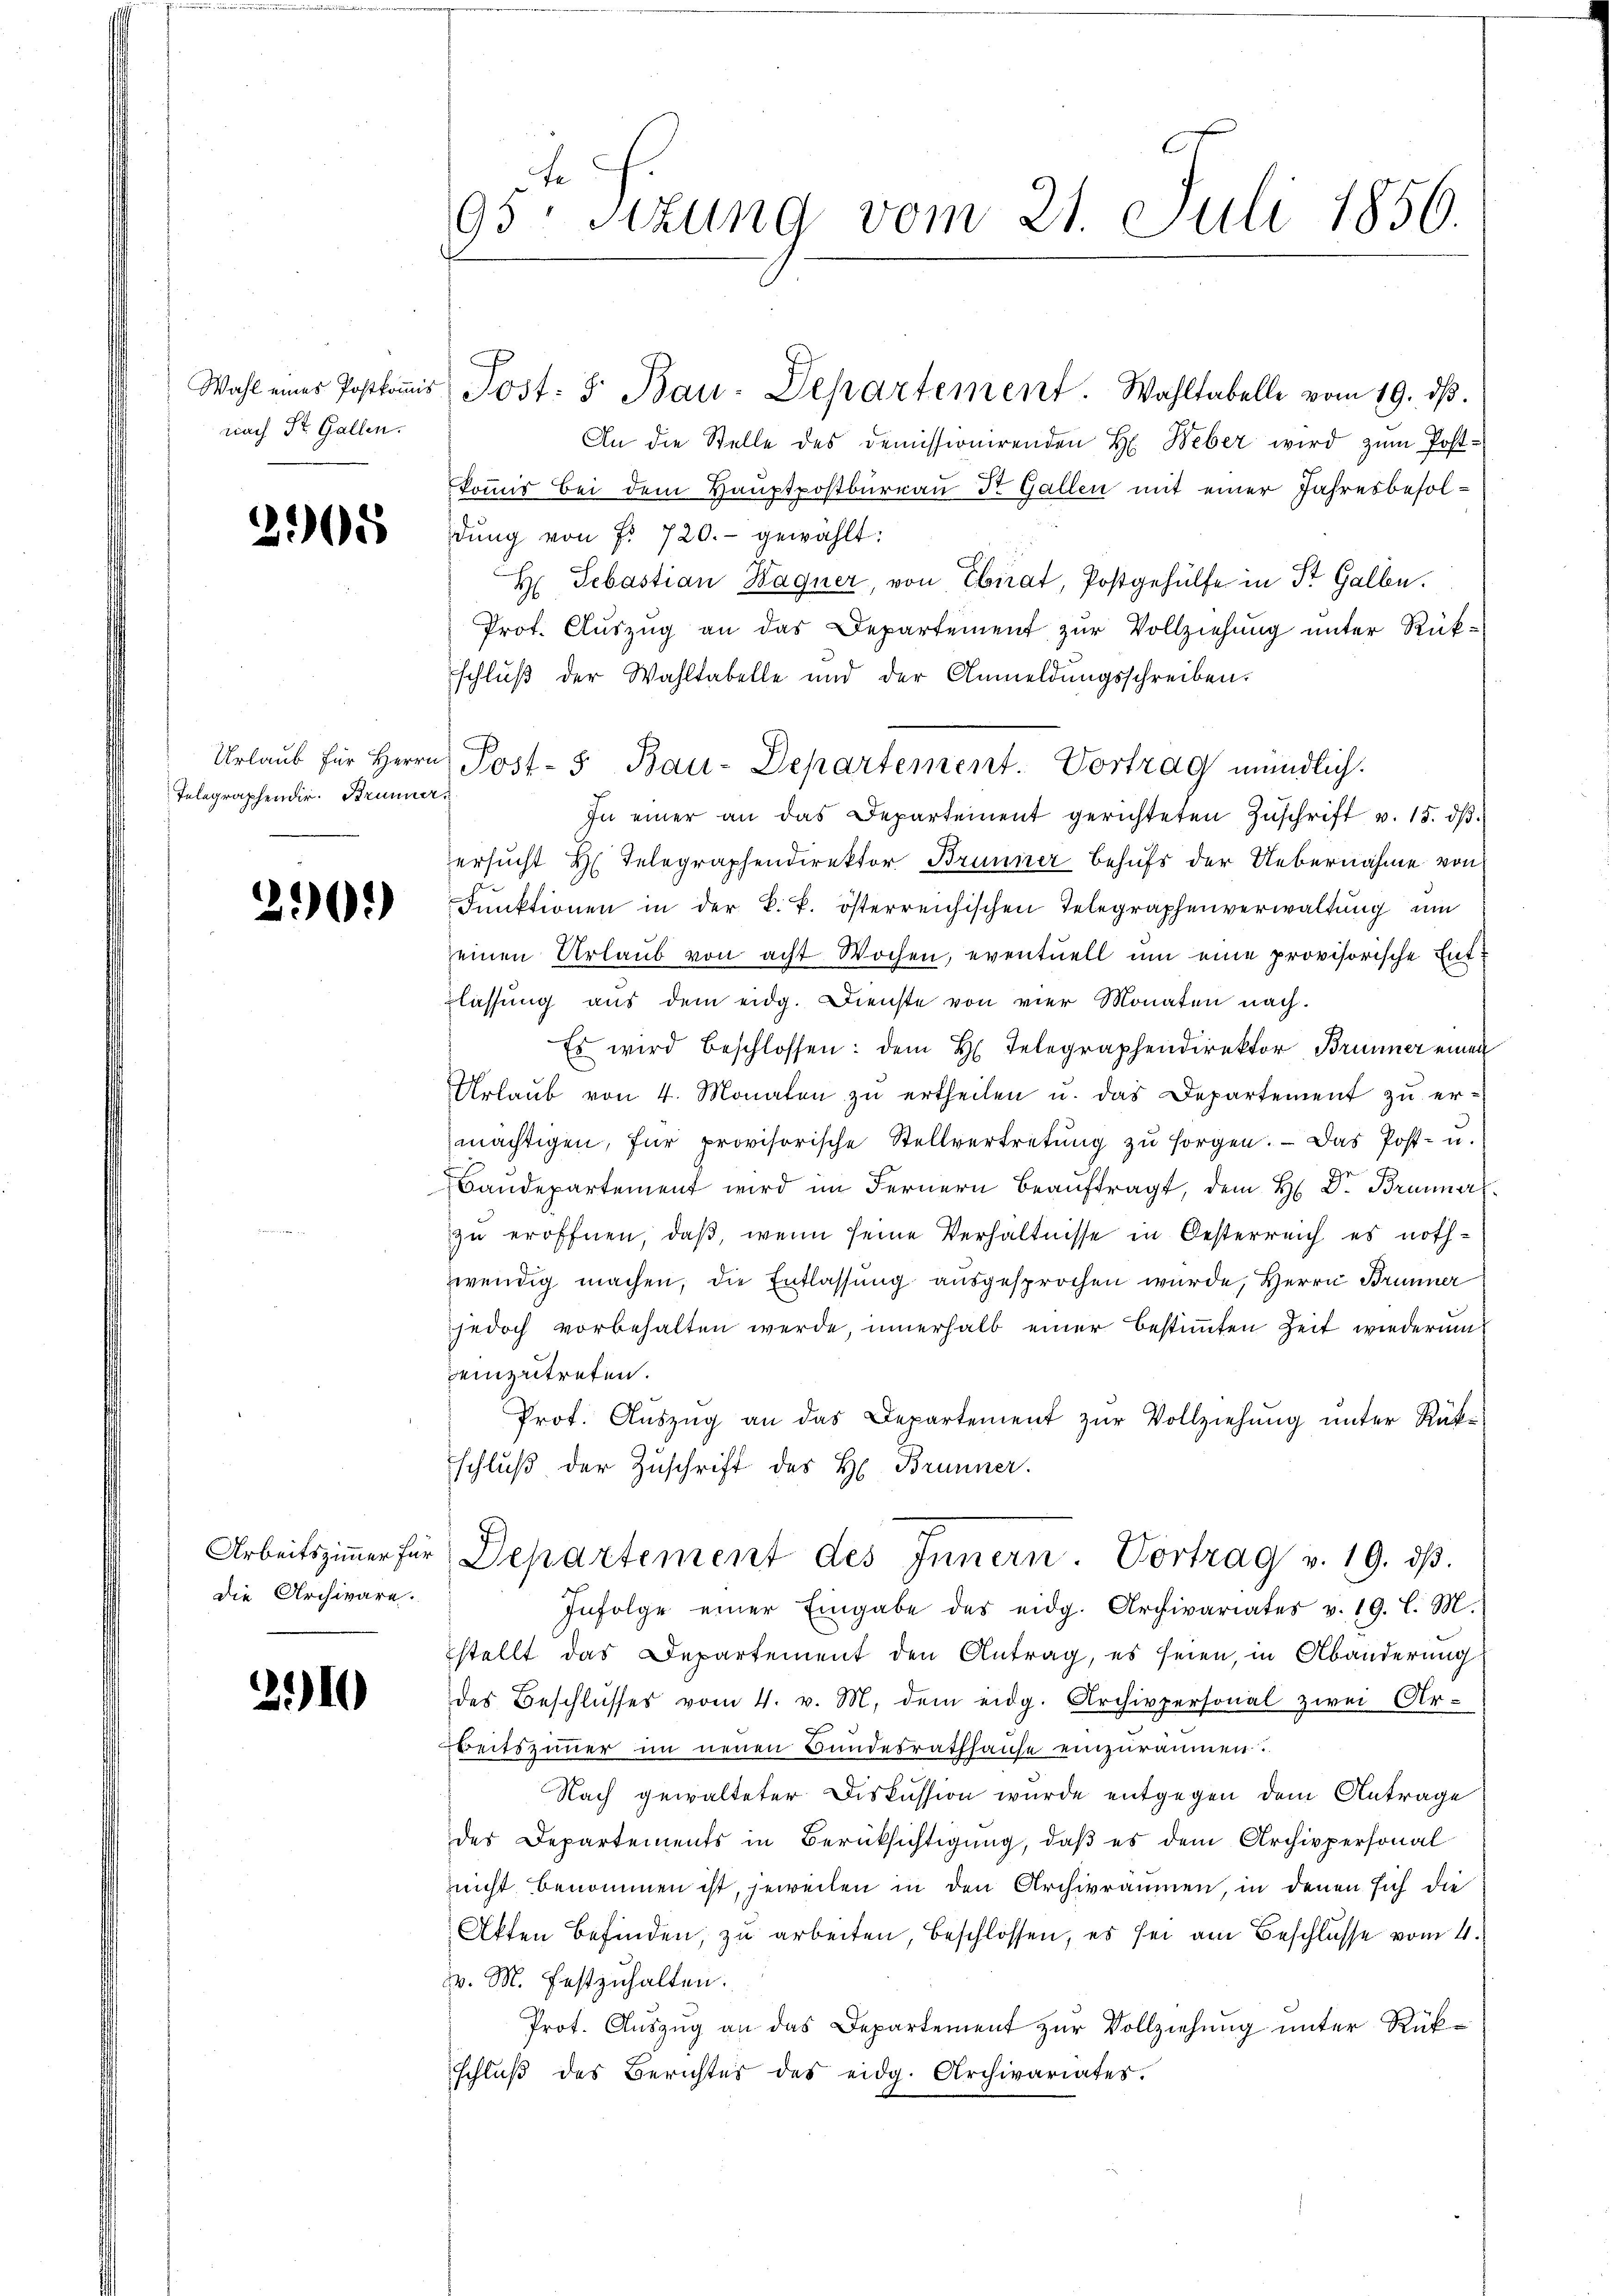
nach St. Gallen.

205

Telegraphendir. Brünner,

290.

die Archivare.

210

95ten Sizung vom 21. Juli 1856.

Wahl eines Postkoṁis Post- & Bau-Departement. Wahltabelle vom 19. dβ.
An die Stelle des Demissionirenden H. Weber wird zum Postkomnis bei dem Hauptpostbureau Dr. Gallen mit einer Jahresbesoldŭng von Fr. 720.- gewählt:
H Sebastian Hagner, von Ebnat, Postgehülfe in Dr. Gallen.
Prot. Aŭszŭg an das Departement zŭr Vollziehŭng ŭnter Rück-
schluß der Wahltabelle und der Anmeldŭngsschreiben.
Urlaŭb für Herrn Post- & Bau-Departement. Vortrag mündlich.
In einer an das Departement gerichteten Zŭschrift v. 15. dβ.
ersucht H. Telegraphendirektor Brunner behufs der Uebernahme von
Funktionen in der k. k. österreichischen Telegraphenverwaltung um
seinen Urlaub von acht Wochen, eventuell um eine provisorische Entlassŭng aŭs dem eidg. Dienste von vier Monaten nach.
Es wird beschlossen: dem H. Telegraphendirektor Brunner einen
Urlaŭb von 4. Monaten zŭ ertheilen u. das Departement zŭ er-
mächtigen, für provisorische Stellvertretŭng zŭ sorgen. - Das Post- u.
Baŭdepartement wird im Fernern beaŭftragt, dem H. Dr. Brunners
zu eröffnen, daß, wenn seine Verhältnisse in Oesterreich es nothzwendig machen, die Entlassung ausgesprochen wurde, Herrn Brunner
jedoch vorbehalten werde, innerhalb einer bestimmten Zeit wiederun
einzutreten.
Prof. Auszug an das Departement zur Vollziehung unter Rükschluß der Zuschrift des H. Brunner.
Arbeitszimmer für Departement des Innern. Vortrag v. 19. dβ.
Infolge einer Eingabe des eidg. Archivariates v. 19. l. M.
stellt das Departement den Antrag, es seien, in Abänderung
des Beschlŭsses vom 4. v. M. dem eidg. Archivpersonal zwei Ar-
a
beitszimmer im neuen Bundesrathhause einzuräumen
Nach gewalteter Diskussion wurde entgegen dem Antrage
des Departements in Berücksichtigung, daß es dem Archivpersonal
nicht benommen ist, jeweilen in den Archivräumen, in denen sich die
Akten befinden, zu arbeiten, beschlossen, es sei am Beschlüsse vom 4.
v. M. festzuhalten.
Prot. Auszug an das Departement zur Vollziehung unter Rükschlŭβ des Berichtes des eidg. Archivariates.